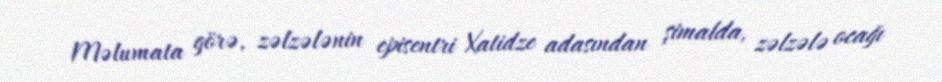
Məlumata görə, zəlzələnin episentri Xatidze adasından şimalda, zəlzələ ocağı